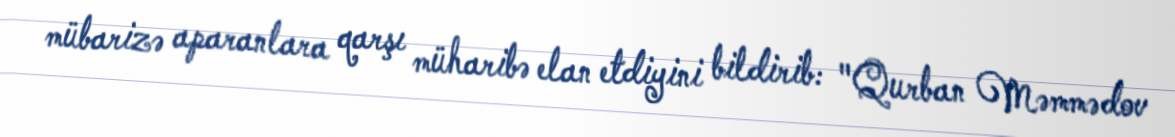
mübarizə aparanlara qarşı müharibə elan etdiyini bildirib: "Qurban Məmmədov